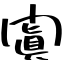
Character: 闐